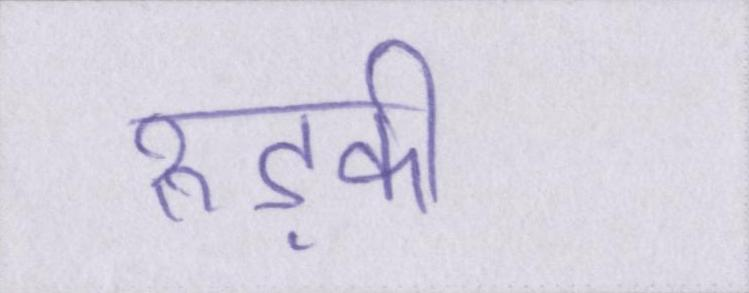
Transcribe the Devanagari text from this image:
रुड़की